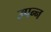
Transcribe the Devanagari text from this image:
उपन्न